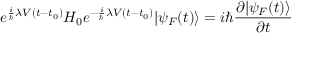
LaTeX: e ^ { { \frac { i } { \hbar } } \lambda V ( t - t _ { 0 } ) } H _ { 0 } e ^ { - { \frac { i } { \hbar } } \lambda V ( t - t _ { 0 } ) } | \psi _ { F } ( t ) \rangle = i \hbar { \frac { \partial | \psi _ { F } ( t ) \rangle } { \partial t } }